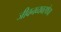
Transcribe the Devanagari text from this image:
जीवनव्यवस्थेचा